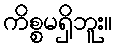
ကိစ္စမရှိဘူး။